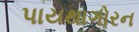
પાયથાગોરન